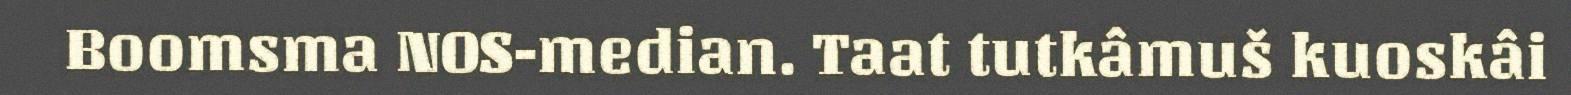
Boomsma NOS-median. Taat tutkâmuš kuoskâi